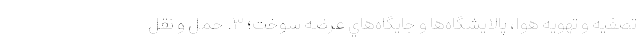
تصفیه و تهویه هوا، پالایشگاه‌ها و جایگاه‌هاي عرضه سوخت؛ ۳. حمل و نقل